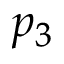
p _ { 3 }